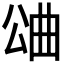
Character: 𣌶